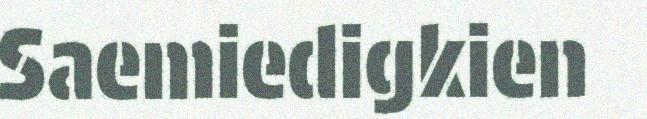
Saemiedigkien